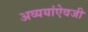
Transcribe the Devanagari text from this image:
अव्ययांऐवजी